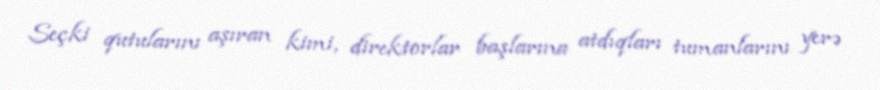
Seçki qutularını aşıran kimi, direktorlar başlarına atdıqları tumanlarını yerə